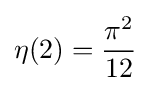
\eta (2)={\pi ^{2} \over 12}